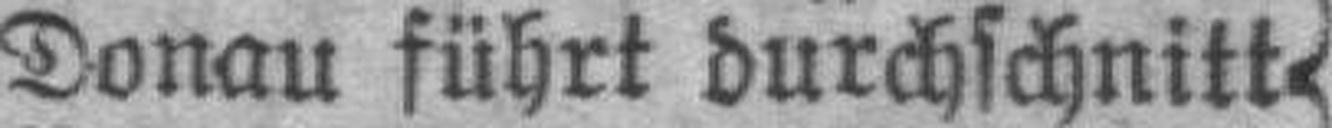
Donau führt durchschnitt¬